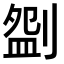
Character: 𠞚